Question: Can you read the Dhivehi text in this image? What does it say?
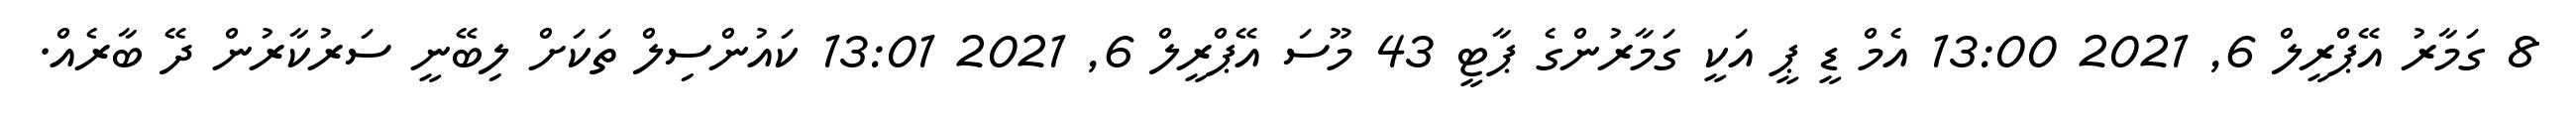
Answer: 8 ގަމާރު އޭޕްރީލް 6, 2021 13:00 އެމް ޑީ ޕީ އަކީ ގަމާރުންގެ ޕާޓީ 43 މޫސަ އޭޕްރީލް 6, 2021 13:01 ކައުންސިލް ތަކަށް ލިބޭނީ ސަރުކާރުން ދޭ ބާރެއް.